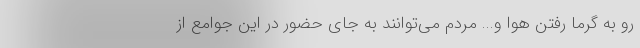
رو به گرما رفتن هوا و... مردم می‌توانند به جای حضور در این جوامع از